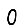
Digit: 0